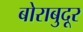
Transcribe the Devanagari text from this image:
बोराबुदूर